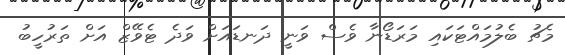
މެޗު ބެލުމައްޓަކައި މަރަޑޯނާ ވެސް ވަނީ ދަނޑައަށް ވަދެ ޓެވޭޒް އަށް ތަރުހީބު